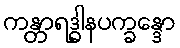
ကန္တာရဒ္ဓါနပက္ခန္ဒော